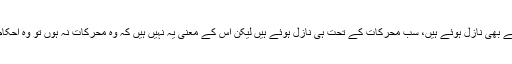
اوّل تو احکام جتنے بھی نازل ہوئے ہیں، سب محرکات کے تحت ہی نازل ہوئے ہیں لیکن اس کے معنی یہ نہیں ہیں کہ وہ محرکات نہ ہوں تو وہ احکام کالعدم ہو جائیں۔